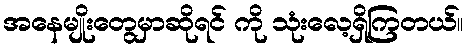
အနေမျိုးတွေမှာဆိုရင် ကို သုံးလေ့ရှိကြတယ်။